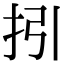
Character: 𢪉